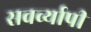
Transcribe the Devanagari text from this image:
सवर्व्यापी